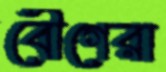
বৌগেরা